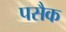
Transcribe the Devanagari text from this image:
पसैक